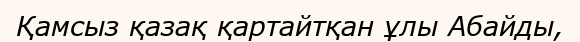
Қамсыз қазақ қартайтқан ұлы Абайды,